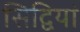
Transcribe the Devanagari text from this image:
सिद्वियां